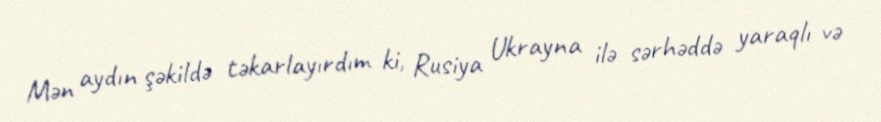
Mən aydın şəkildə təkarlayırdım ki, Rusiya Ukrayna ilə sərhəddə yaraqlı və